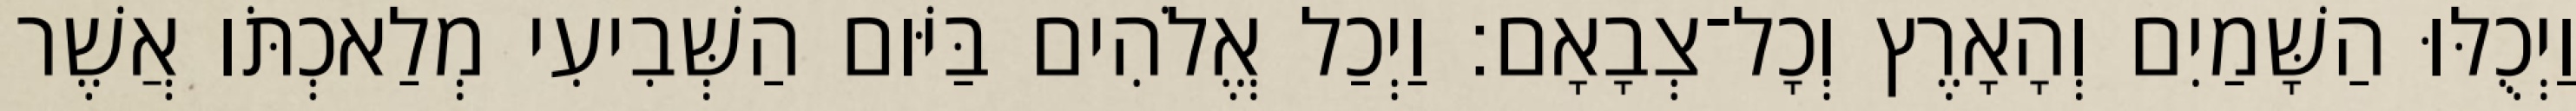
וַיְכֻלּוּ הַשָּׁמַיִם וְהָאָרֶץ וְכָל־צְבָאָם׃ וַיְכַל אֱלֹהִים בַּיֹּום הַשְּׁבִיעִי מְלַאכְתֹּו אֲשֶׁר